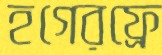
হগেরফ্রে